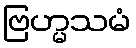
ဗြဟ္မသမံ